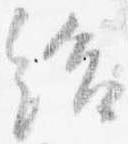
給